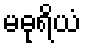
မဓုရိယံ